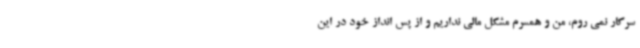
سرکار نمی روم، من و همسرم مشکل مالی نداریم و از پس انداز خود در این